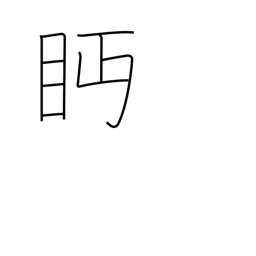
Meaning: looking askance